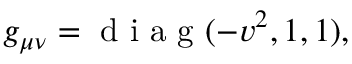
g _ { \mu \nu } = \mathrm { ~ d ~ i ~ a ~ g ~ } ( - v ^ { 2 } , 1 , 1 ) ,